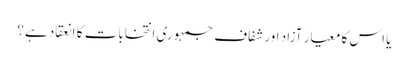
یا اس کا معیار آزاد اور شفاف جمہوری انتخابات کا انعقاد ہے؟